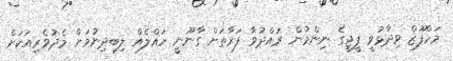
މަހްފޫޒް ވިދާޅުވީ ޕީޖީގެ ނިންމުން ރައްދުވާ ފަރާތަށް ގާނޫނީ ހައްލެއް ލިބިދިނުމަށް މެދުވެރިއަކަށް